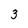
Character: 3